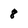
Character: 8